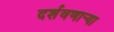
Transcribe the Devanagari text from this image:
दर्शवणार्‍या